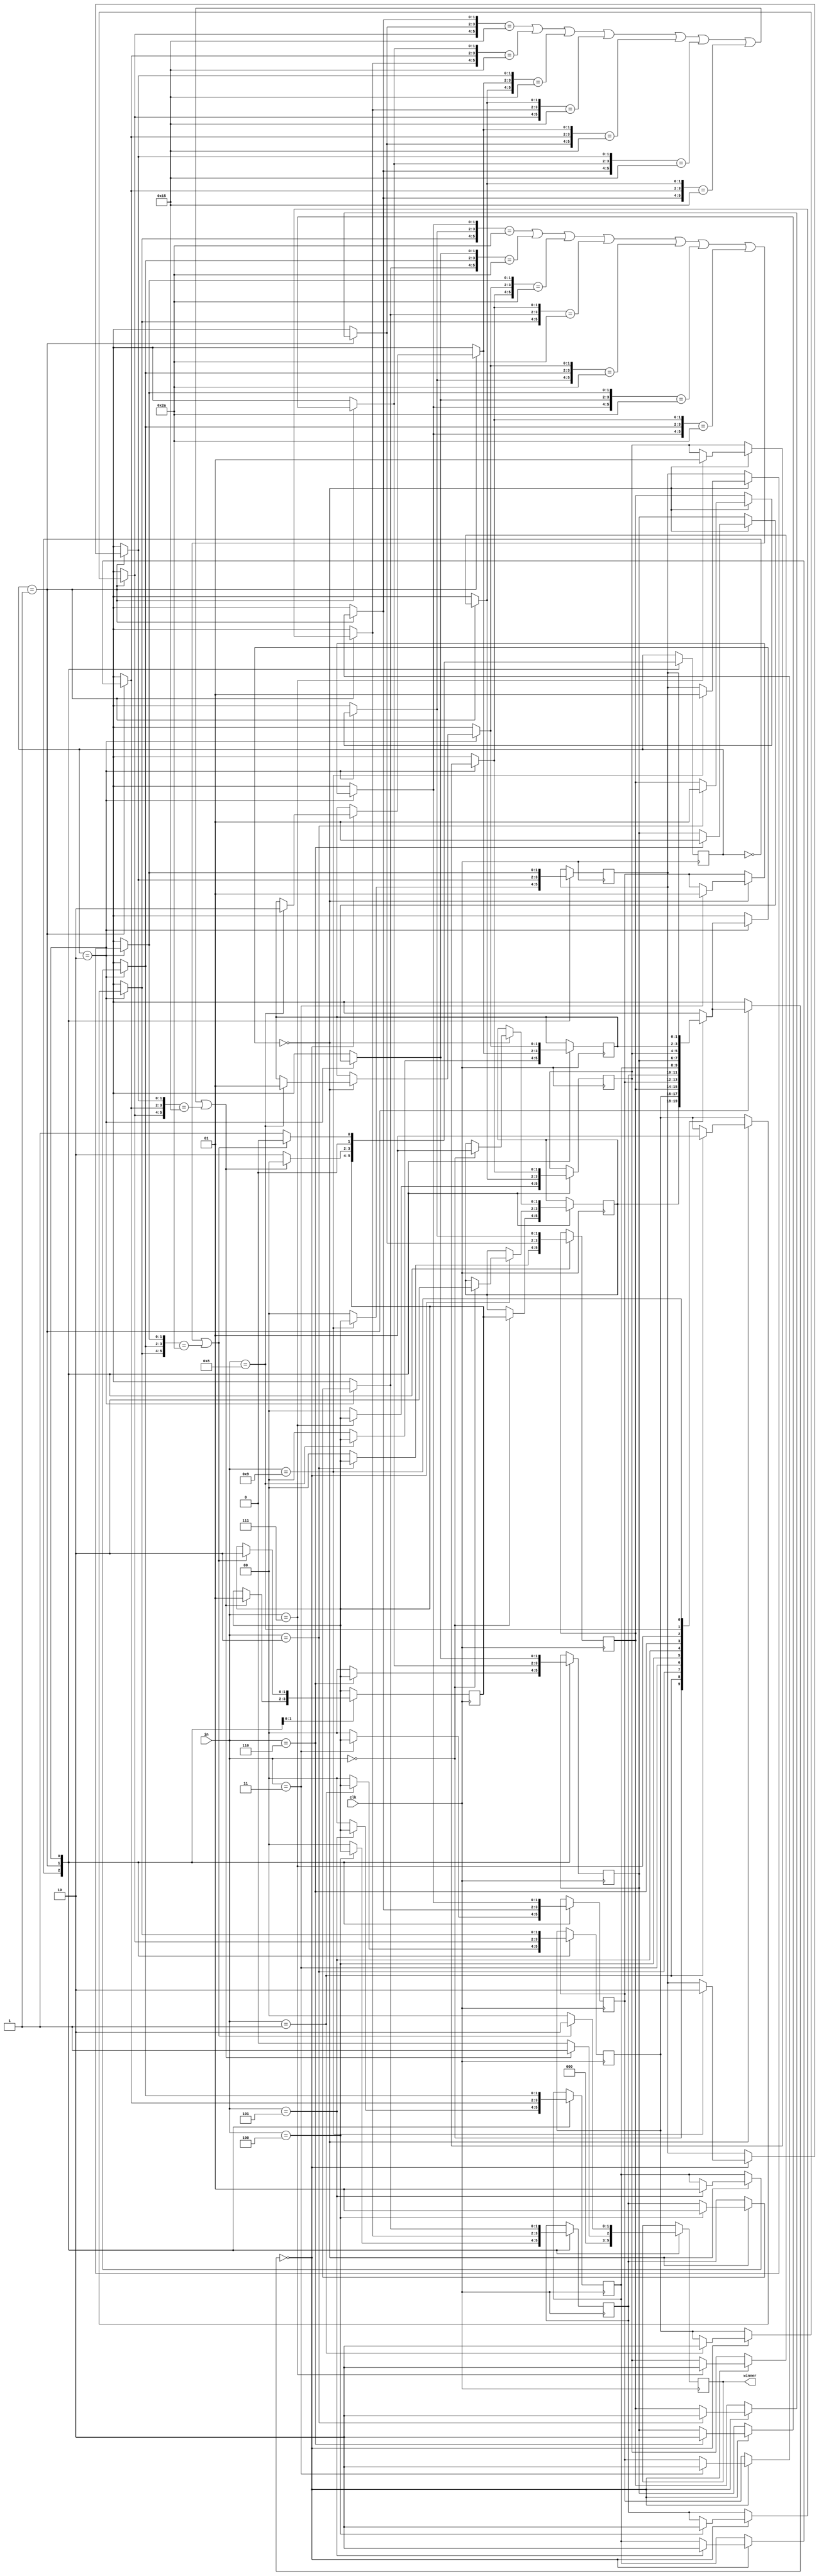
module tic_tac_toe(clk,in,winner);
input clk;
input [3:0] in;
output reg [1:0] winner;
//////////////////////////////////////////////////////////////////////////////////////////////////////////
reg [1:0] temp = 2'b01;
reg [1:0] memory [9:1]; // 9 khane 2 biti
parameter init = 2'b00 , x_turn = 2'b01 , o_turn = 2'b10;
reg [1:0] state = init;
//////////////////////////////////////////////////////////////////////////////////////////////////////////
always@(posedge clk)
begin
case (state)
//////////////////////////////////////////////////////////////////////////////////////////////////////////
init : begin
{memory[1] , memory[2] , memory[3] , memory[4] , memory[5] , memory[6] , memory[7] , memory[8] , memory[9]} =
{2'b00 	  , 2'b00 	  , 2'b00 	  , 2'b00 	  , 2'b00 	  , 2'b00 	  , 2'b00 	  , 2'b00 	  , 2'b00};
state = temp;
winner = 2'b00;
{memory[in]} = {temp};
end
//////////////////////////////////////////////////////////////////////////////////////////////////////////
x_turn : begin
if (memory[in] == 2'b00) begin
{memory[in]} = {2'b10};
end
if ({memory[1],memory[2],memory[3],memory[4],memory[5],memory[6],memory[7],memory[8],memory[9]} !==
{2'b00, 2'b00, 2'b00, 2'b00, 2'b00, 2'b00, 2'b00, 2'b00,2'b00}) begin
state = init;
winner = 2'b00;
end
if ({memory[1] , memory[2] , memory[3]} == {2'b01 , 2'b01 , 2'b01} ||
{memory[4] , memory[5] , memory[6]} == {2'b01 , 2'b01 , 2'b01} ||
{memory[7] , memory[8] , memory[9]} == {2'b01 , 2'b01 , 2'b01} ||
{memory[1] , memory[4] , memory[7]} == {2'b01 , 2'b01 , 2'b01} ||
{memory[2] , memory[5] , memory[8]} == {2'b01 , 2'b01 , 2'b01} ||
{memory[3] , memory[6] , memory[9]} == {2'b01 , 2'b01 , 2'b01} ||
{memory[3] , memory[5] , memory[7]} == {2'b01 , 2'b01 , 2'b01} ||
{memory[1] , memory[5] , memory[9]} == {2'b01 , 2'b01 , 2'b01}) begin
state = init;
temp = x_turn;
winner = 2'b01;
end
else begin
winner = 2'b00;
state = o_turn;
end
end
//////////////////////////////////////////////////////////////////////////////////////////////////////////
o_turn : begin
if (memory[in] == 2'b00) begin
{memory[in]} = {2'b01};
end
if ({memory[1],memory[2],memory[3],memory[4],memory[5],memory[6],memory[7],memory[8],memory[9]} !==
{2'b00, 2'b00, 2'b00, 2'b00, 2'b00, 2'b00, 2'b00, 2'b00,2'b00}) begin
state = init;
winner = 2'b00;
end
if ({memory[1] , memory[2] , memory[3]} == {2'b10 , 2'b10 , 2'b10} ||
{memory[4] , memory[5] , memory[6]} == {2'b10 , 2'b10 , 2'b10} ||
{memory[7] , memory[8] , memory[9]} == {2'b10 , 2'b10 , 2'b10} ||
{memory[1] , memory[4] , memory[7]} == {2'b10 , 2'b10 , 2'b10} ||
{memory[2] , memory[5] , memory[8]} == {2'b10 , 2'b10 , 2'b10} ||
{memory[3] , memory[6] , memory[9]} == {2'b10 , 2'b10 , 2'b10} ||
{memory[3] , memory[5] , memory[7]} == {2'b10 , 2'b10 , 2'b10} ||
{memory[1] , memory[5] , memory[9]} == {2'b10 , 2'b10 , 2'b10}) begin
state = init;
temp = o_turn;
winner = 2'b10;
end
else begin
winner = 2'b00;
state = x_turn;
end
end
//////////////////////////////////////////////////////////////////////////////////////////////////////////
endcase
end
endmodule